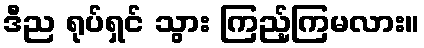
ဒီည ရုပ်ရှင် သွား ကြည့်ကြမလား။